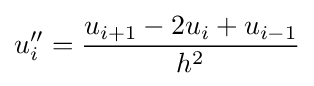
u''_{i}={\frac {u_{i+1}-2u_{i}+u_{i-1}}{h^{2}}}